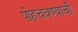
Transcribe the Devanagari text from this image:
पोहचवण्याची